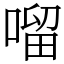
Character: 𠺕